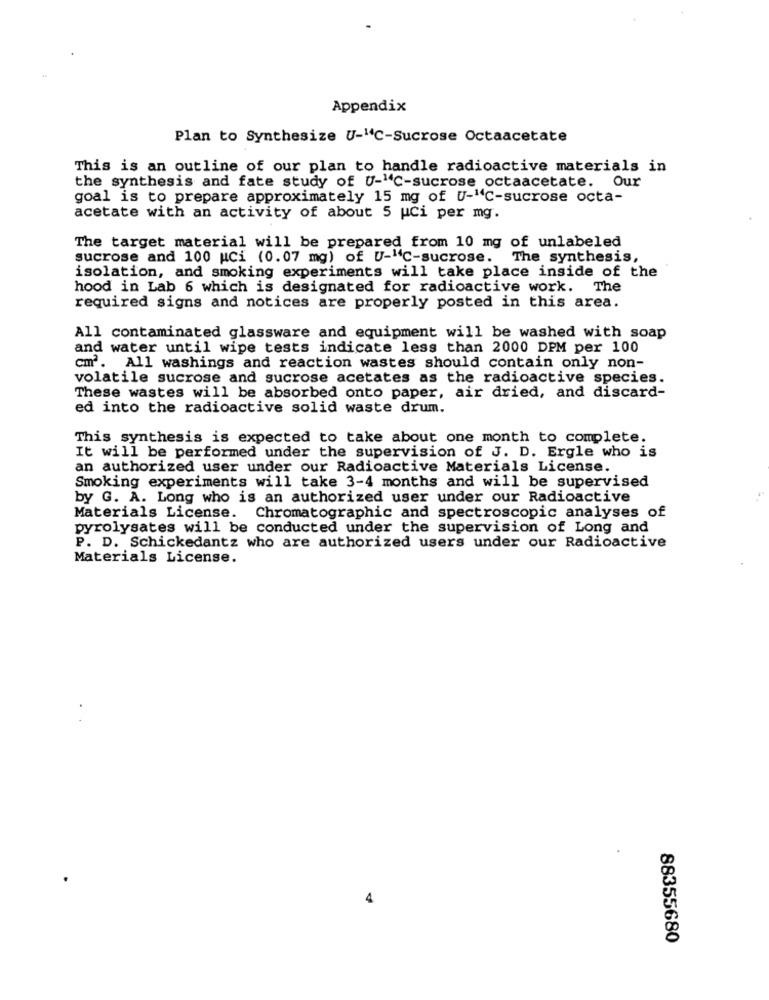
Appendix
Plan to Synthesize U-"C-Sucrose Octaacetate
This is an outline of our plan to handle radioactive materials in
the synthesis and fate study of U-"C-sucrose octaacetate. Our
goal is to prepare approximately 15 mg of U-"C-sucrose octa-
acetate with an activity of about 5 uci per mg.
The target material will be prepared from 10 mg of unlabeled
sucrose and 100 Ci (0.07 mg) of U-"℃-sucrose. The synthesis,
isolation, and smoking experiments will take place inside of the
hood in Lab 6 which is designated for radioactive work. The
required signs and notices are properly posted in this area.
All contaminated glassware and equipment will be washed with soap
and water until wipe tests indicate less than 2000 DPM per 100
cm2. All washings and reaction wastes should contain only non-
volatile sucrose and sucrose acetates as the radioactive species.
These wastes will be absorbed onto paper, air dried, and discard-
ed into the radioactive solid waste drum.
This synthesis is expected to take about one month to complete.
It will be performed under the supervision of J. D. Ergle who is
an authorized user under our Radioactive Materials License.
Smoking experiments will take 3-4 months and will be supervised
by G. A. Long who is an authorized user under our Radioactive
Materials License. Chromatographic and spectroscopic analyses of
pyrolysates will be conducted under the supervision of Long and
P. D. Schickedantz who are authorized users under our Radioactive
Materials License.
88355680